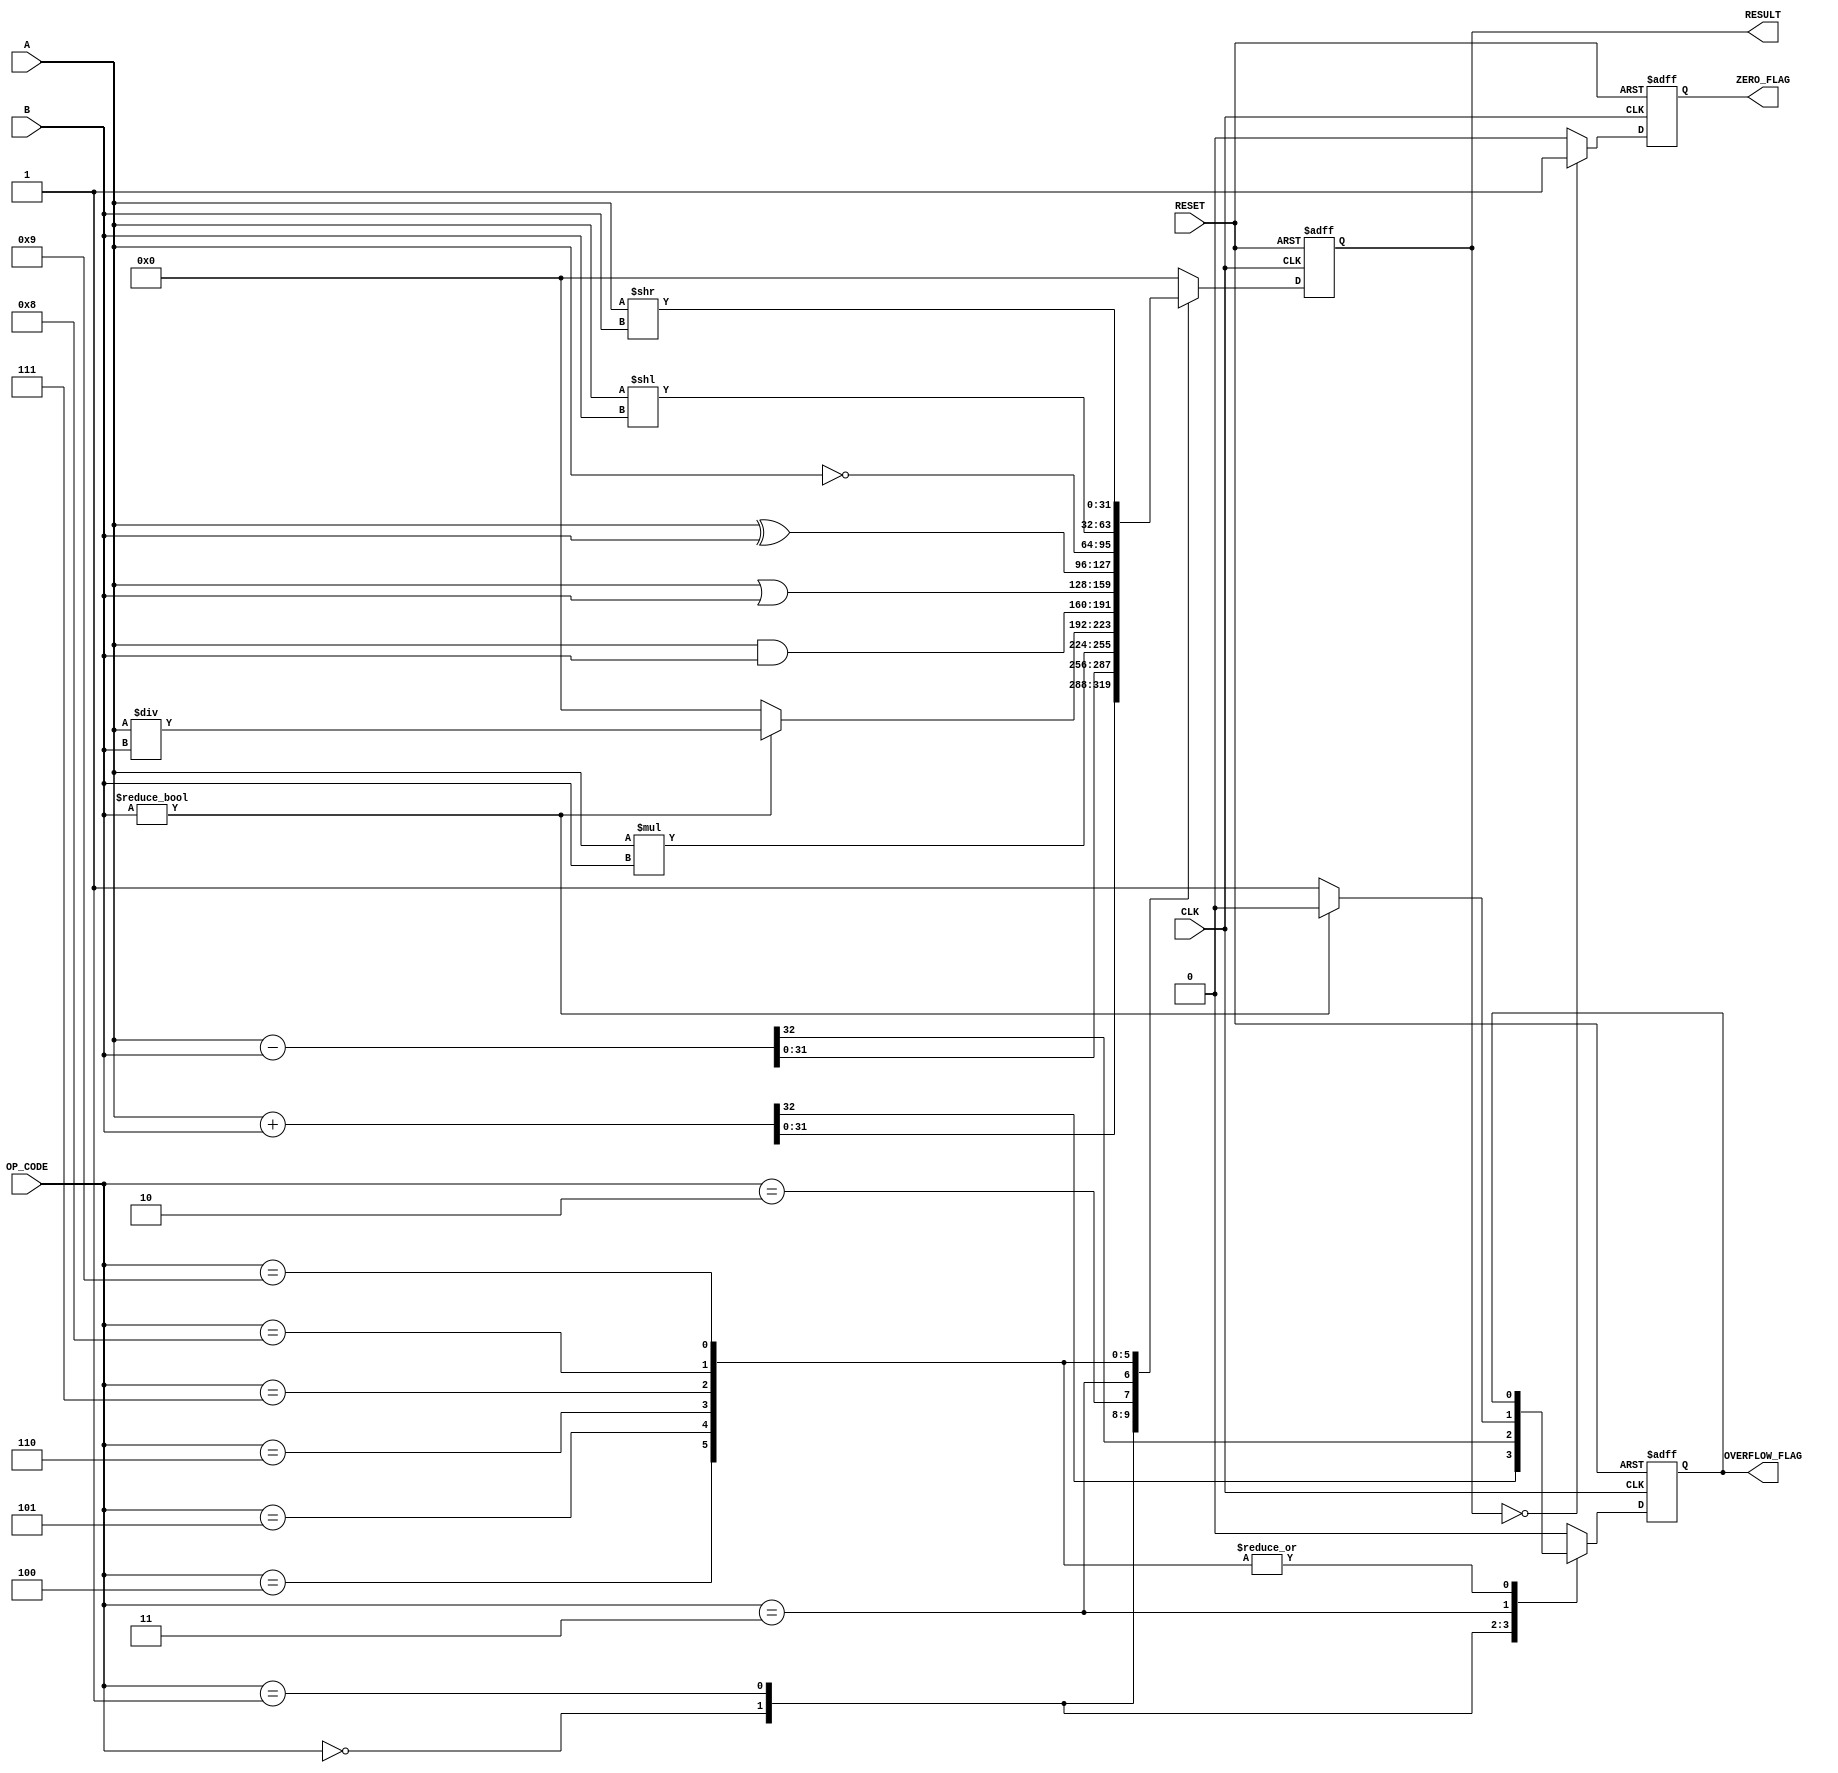
module ParameterizedALU #(
    parameter DATA_WIDTH = 32,
    parameter OPERATION = 4 // 4-bit code for operation selection
) (
    input  wire [DATA_WIDTH-1:0] A,          // Operand 1
    input  wire [DATA_WIDTH-1:0] B,          // Operand 2
    input  wire [OPERATION-1:0] OP_CODE,     // Operation code
    input  wire CLK,                          // Clock signal
    input  wire RESET,                        // Asynchronous reset
    output reg [DATA_WIDTH-1:0] RESULT,      // Result of the operation
    output reg ZERO_FLAG,                     // Zero flag
    output reg OVERFLOW_FLAG                  // Overflow flag
);

    // Define operation codes
    localparam ADD         = 4'b0000;
    localparam SUBTRACT    = 4'b0001;
    localparam MULTIPLY    = 4'b0010;
    localparam DIVIDE      = 4'b0011;
    localparam AND         = 4'b0100;
    localparam OR          = 4'b0101;
    localparam XOR         = 4'b0110;
    localparam NOT         = 4'b0111;
    localparam SHIFT_LEFT  = 4'b1000;
    localparam SHIFT_RIGHT = 4'b1001;

    // Always block for ALU operation
    always @(posedge CLK or posedge RESET) begin
        if (RESET) begin
            RESULT <= 0;
            ZERO_FLAG <= 0;
            OVERFLOW_FLAG <= 0;
        end else begin
            case (OP_CODE)
                ADD: begin
                    {OVERFLOW_FLAG, RESULT} <= A + B;
                end
                SUBTRACT: begin
                    {OVERFLOW_FLAG, RESULT} <= A - B;
                end
                MULTIPLY: begin
                    RESULT <= A * B;
                    OVERFLOW_FLAG <= 0; // Multiplication overflow handling can be more complex
                end
                DIVIDE: begin
                    if (B != 0) begin
                        RESULT <= A / B;
                        OVERFLOW_FLAG <= 0;
                    end else begin
                        RESULT <= 0; // Handle division by zero
                        OVERFLOW_FLAG <= 1; // Indicate division by zero
                    end
                end
                AND: RESULT <= A & B;
                OR: RESULT <= A | B;
                XOR: RESULT <= A ^ B;
                NOT: RESULT <= ~A;
                SHIFT_LEFT: RESULT <= A << B[DATA_WIDTH-1:0]; // Ensure B is within bounds
                SHIFT_RIGHT: RESULT <= A >> B[DATA_WIDTH-1:0]; // Ensure B is within bounds
                default: begin
                    RESULT <= 0;
                    OVERFLOW_FLAG <= 0;
                end
            endcase
            
            // Set ZERO_FLAG based on RESULT
            if (RESULT == 0)
                ZERO_FLAG <= 1;
            else
                ZERO_FLAG <= 0;
        end
    end
endmodule